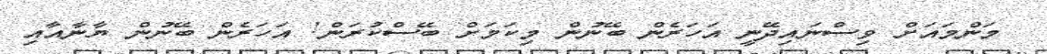
މަންމައަށް ވިސްނައިދޭނީ އަހަރެން ބޭނުން މިކަމަށް ބޭސްކުރަން! އަހަރެން ބޭނުން ޔާނާއާއި